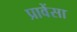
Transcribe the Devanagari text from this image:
प्रावेंसा